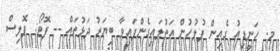
މ. ހަނީޑިއު ގެއިން ފުލުހުން އަތުލައިގެންފައިވާ ބިޔަރު ދަޅުތައް -- ފޮޓޯ: ޕޮލިސް